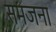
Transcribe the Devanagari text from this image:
समजना